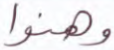
وهنوا